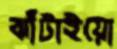
ঝাঁটাইয়ো